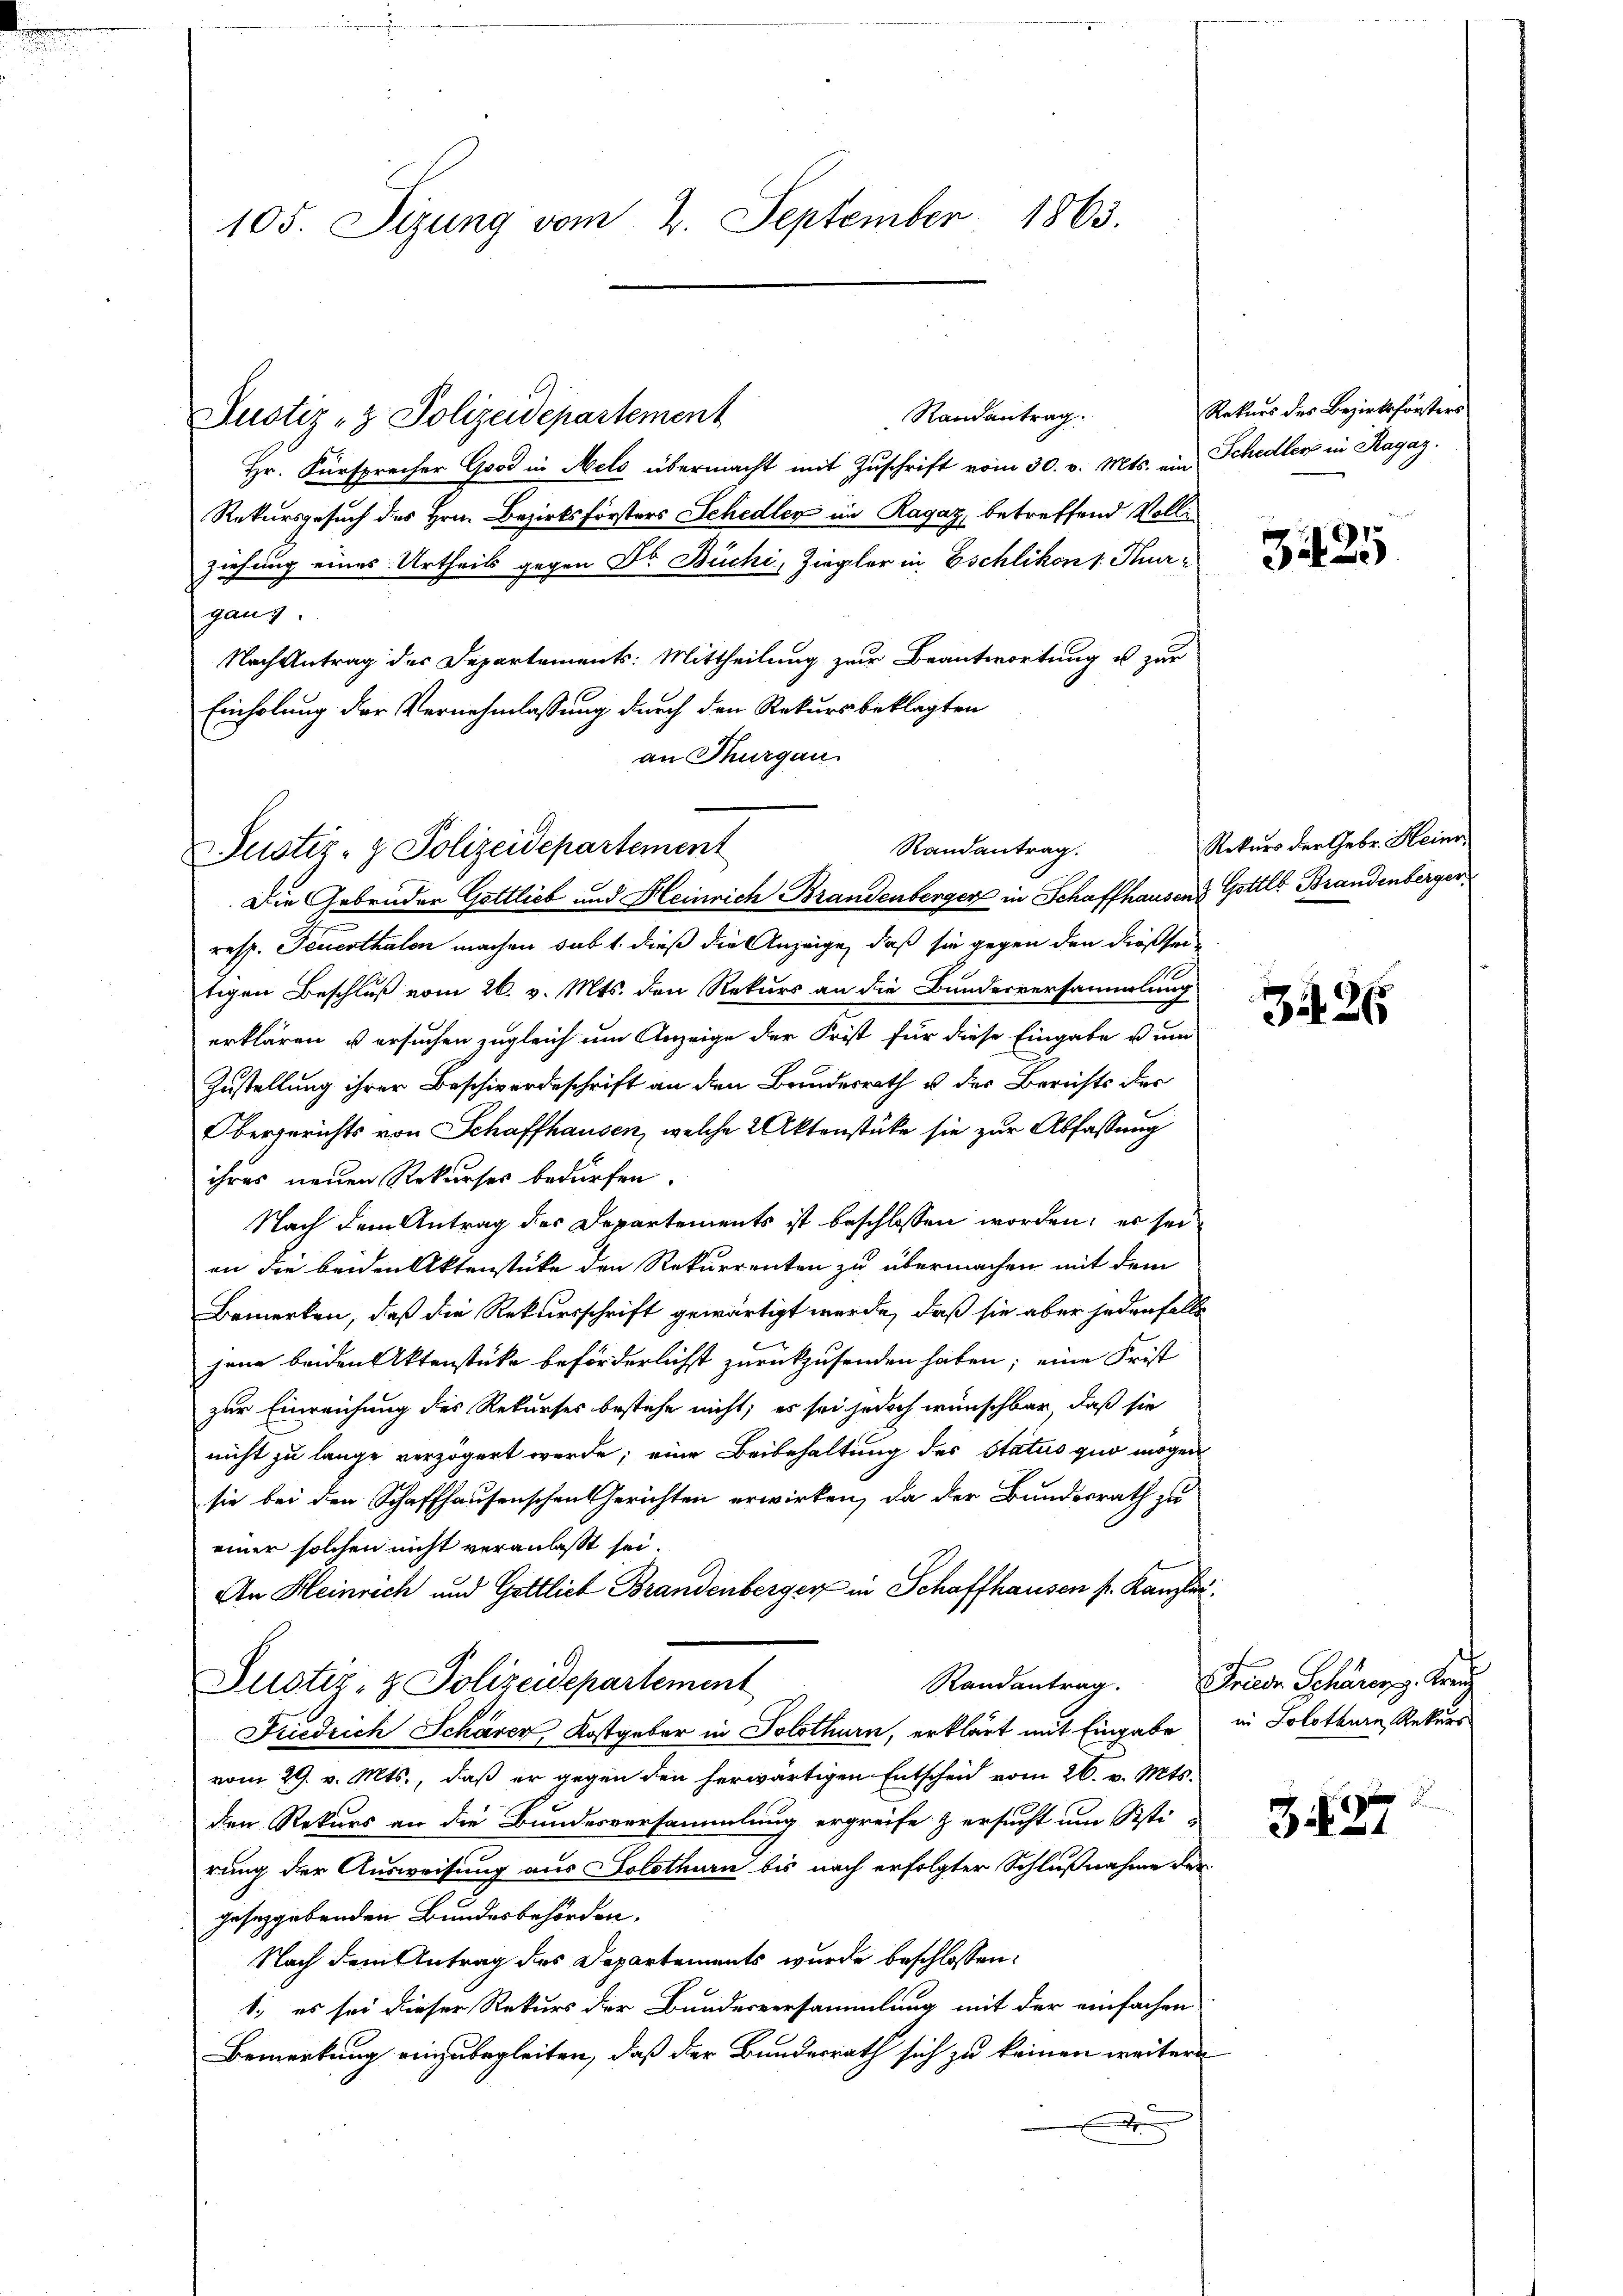
Randantrag.
Justiz- & Polizeidepartement
Hr. Fürsprecher Good in Mels übermacht mit Zuschrift vom 30. v. Mts. ein Schedler in Ragaz
Rekursgesuch des Hrn. Bezirksförsters Schedler im Ragaz betreffend Vollziehung eines Urtheils gegen Dr. Büchi, Ziegler in Eschlikon v. Kurganz.
Nach Antrag des Departements: Mittheilung zur Beantwortung u. zur
Einholung der Vernehmlassung durch den Rekursbeklagten
an Thurgau

Randantrag.
Justiz- & Polizeidepartement

105. Sizung vom 2. September 1863.

Die Gebrüder Gottlieb und Heinrich Brandenberger in Schaffhausend Gottl. Brandenberger,
resp. Feuerthalen machen sub 1. dieß die Anzeige, daß sie gegen den diessen
tigen Beschluß vom 26. v. Mts. den Rekurs an die Bundesversammlung
erklären u ersuchen zugleich um Anzeige der Frist für diese Eingabe u um
Zustellung ihrer Beschwerdeschrift an den Bundesrath u. der Berichts der
Obergerichts von Schaffhausen, welche 2 Aktenstücke sie zur Abfassung
ihres neuen Rekurses bedürfen.
Nach dem Antrag des Departements ist beschlossen worden; er seian die beiden Aktenstücke den Rekurrenten zu übermachen mit dem
Bemerken, daß die Rekursschrift gewärtigt werde, daß sie aber jedenfalls
jene beiden Aktenstücke beförderlichst zurückzusenden haben; eine Frist
zur Einreichung des Rekurses bestehe nicht; es sei jedoch wünschbar, daß sie
nicht zu lange verzögert werde; eine Beibehaltung des Status quo mögen
sie bei den Schaffhausenschen Gerichten erwirken, da der Bundesrath zu
einer solchen nicht veranlasst sei.
An Heinrich und Gottlich Brandenberger in Schaffhausen s. Kanzler
Justiz- & Polizeidepartement
Friedrich Schärer Kostgeber in Solothurn, erklärt mit Eingabe
vom 29. v. Mts., daß er gegen den herwärtigen Entscheid vom 26. v. Mts.
den Rekurs an die Bundesversammlung ergreife & ersucht um Sisti-
rung der Ausweisung aus Solothurn bis nach erfolgter Schlußnahme der
gesetzgebenden Bundesbehörden.
Nach dem Antrag des Departements wurde beschlossen:
1.) es sei dieser Rekurs der Bundesversammlung mit der einfachen
Bemerkung einzubegleiten, daß der Bundesrath sich zu keinen weitere
d

Rekurs des Bezirksförsters

3425

Rekurs der Gebr. Heinr

Randantrag. Friede Schärer z. Kreuz

326

in Solothurn Rekurs

3427